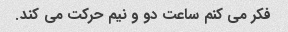
فکر می کنم ساعت دو و نیم حرکت می کند.